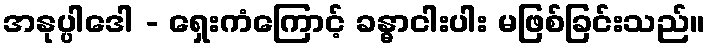
အနုပ္ပါဒေါ - ရှေးကံကြောင့် ခန္ဓာငါးပါး မဖြစ်ခြင်းသည်။